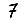
Digit: 7